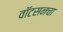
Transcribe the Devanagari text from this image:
वॉटसनचा